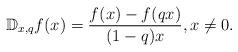
LaTeX: \begin{align*}\mathbb{D}_{x,q}f(x)=\frac{f(x)-f(qx)}{(1-q)x},x\neq0.\end{align*}